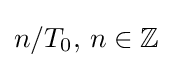
n/T_{0},\,n\in \mathbb {Z}